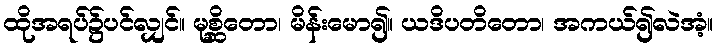
ထိုအရပ်၌ပင်လျှင်။ မုစ္ဆိတော၊ မိန်းမော၍။ ယဒိပတိတော၊ အကယ်၍လဲအံ့။